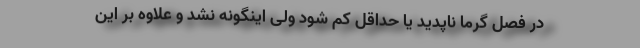
در فصل گرما ناپدید یا حداقل کم شود ولی اینگونه نشد و علاوه بر این